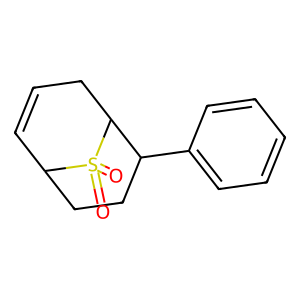
SMILES: O=S1(=O)C2C=CCC1C(c1ccccc1)CC2
Inhibits HIV replication: No